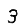
Digit: 3